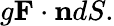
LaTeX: g\mathbf{F}\cdot\mathbf{n}dS.